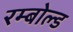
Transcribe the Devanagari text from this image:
रम्बोल्ड